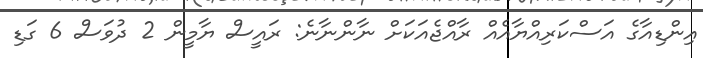
އިންޑިއާގެ އަސްކަރިއްޔާއެއް ރާއްޖެއަކަށް ނާންނާނެ: ރައީސް ޔާމީން 2 ދުވަސް 6 ގަޑި